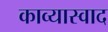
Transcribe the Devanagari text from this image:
काव्यास्वाद